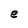
Character: e